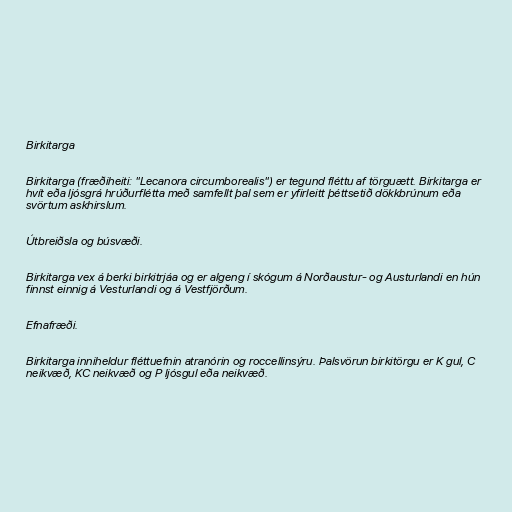
Birkitarga

Birkitarga (fræðiheiti: "Lecanora circumborealis") er tegund fléttu af törguætt. Birkitarga er
hvít eða ljósgrá hrúðurflétta með samfellt þal sem er yfirleitt þéttsetið dökkbrúnum eða
svörtum askhirslum.

Útbreiðsla og búsvæði.

Birkitarga vex á berki birkitrjáa og er algeng í skógum á Norðaustur- og Austurlandi en hún
finnst einnig á Vesturlandi og á Vestfjörðum.

Efnafræði.

Birkitarga inniheldur fléttuefnin atranórin og roccellinsýru. Þalsvörun birkitörgu er K gul, C
neikvæð, KC neikvæð og P ljósgul eða neikvæð.